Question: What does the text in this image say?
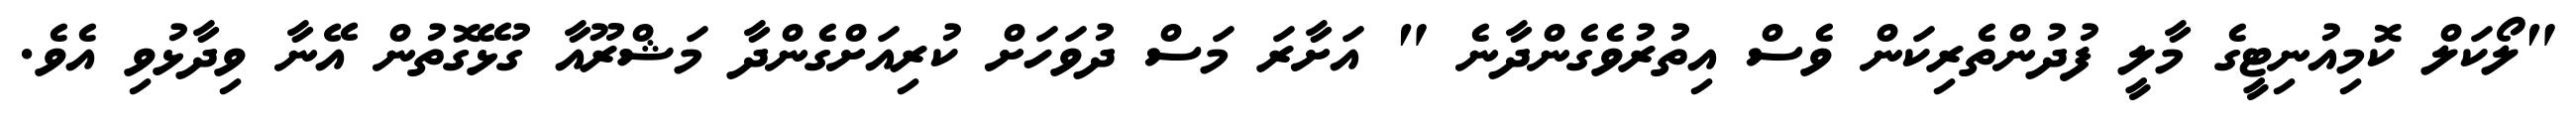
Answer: "ލޯކަލް ކޮމިއުނިޓީގެ މާލީ ފުދުންތެރިކަން ވެސް އިތުރުވެގެންދާނެ " އަށާރަ މަސް ދުވަހަށް ކުރިއަށްގެންދާ މަޝްރޫއާ ގުޅޭގޮތުން އޭނާ ވިދާޅުވި އެވެ.